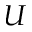
U